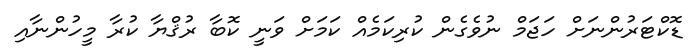
ޑޮކްޓަރުންނަށް ހަޖަމް ނުވެގެން ކުރިކަމެއް ކަމަށް ވަނީ ކޮބާ ރުޤްޔާ ކުރާ މީހުުންނާއި